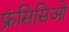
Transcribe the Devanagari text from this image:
फ्रंसिसिओं